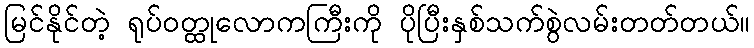
မြင်နိုင်တဲ့ ရုပ်ဝတ္ထုလောကကြီးကို ပိုပြီးနှစ်သက်စွဲလမ်းတတ်တယ်။